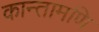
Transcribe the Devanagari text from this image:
कान्तामणि